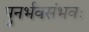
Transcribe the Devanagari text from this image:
पुनर्भवसंभवः